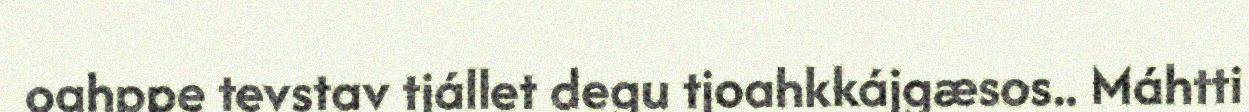
oahppe tevstav tjállet degu tjoahkkájgæsos.. Máhtti